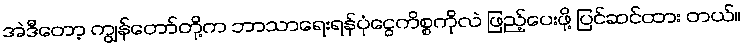
အဲဒီတော့ ကျွန်တော်တို့က ဘာသာရေးရန်ပုံငွေကိစ္စကိုလဲ ဖြည့်ပေးဖို့ ပြင်ဆင်ထား တယ်။